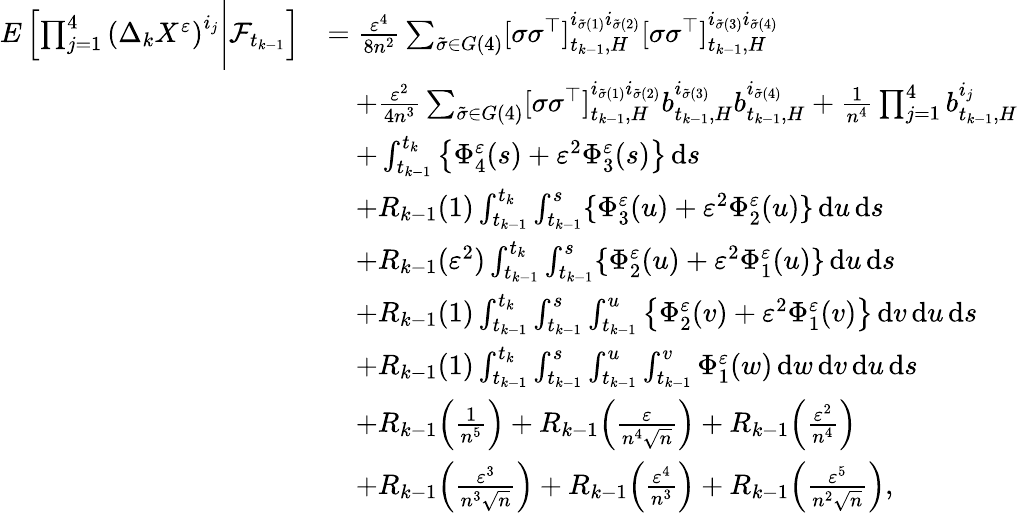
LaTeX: \begin{array}{rl}{E\left[\prod_{j=1}^{4}\left(\Delta_{k}X^{\varepsilon}\right)^{i_{j}}\Bigg|\mathcal{F}_{t_{k-1}}\right]}&{=\frac{\varepsilon^{4}}{8n^{2}}\sum_{\tilde{\sigma}\in G(4)}[\sigma\sigma^{\top}]_{t_{k-1},H}^{i_{\tilde{\sigma}(1)}i_{\tilde{\sigma}(2)}}[\sigma\sigma^{\top}]_{t_{k-1},H}^{i_{\tilde{\sigma}(3)}i_{\tilde{\sigma}(4)}}}\\ &{\quad+\frac{\varepsilon^{2}}{4n^{3}}\sum_{\tilde{\sigma}\in G(4)}[\sigma\sigma^{\top}]_{t_{k-1},H}^{i_{\tilde{\sigma}(1)}i_{\tilde{\sigma}(2)}}b_{t_{k-1},H}^{i_{\tilde{\sigma}(3)}}b_{t_{k-1},H}^{i_{\tilde{\sigma}(4)}}+\frac{1}{n^{4}}\prod_{j=1}^{4}b_{t_{k-1},H}^{i_{j}}}\\ &{\quad+\int_{t_{k-1}}^{t_{k}}\left\{ \Phi_{4}^{\varepsilon}(s)+\varepsilon^{2}\Phi_{3}^{\varepsilon}(s)\right\} \, \mathrm{d}s}\\ &{\quad+R_{k-1}(1)\int_{t_{k-1}}^{t_{k}}\int_{t_{k-1}}^{s}\{ \Phi_{3}^{\varepsilon}(u)+\varepsilon^{2}\Phi_{2}^{\varepsilon}(u)\} \, \mathrm{d}u\, \mathrm{d}s}\\ &{\quad+R_{k-1}(\varepsilon^{2})\int_{t_{k-1}}^{t_{k}}\int_{t_{k-1}}^{s}\{ \Phi_{2}^{\varepsilon}(u)+\varepsilon^{2}\Phi_{1}^{\varepsilon}(u)\} \, \mathrm{d}u\, \mathrm{d}s}\\ &{\quad+R_{k-1}(1)\int_{t_{k-1}}^{t_{k}}\int_{t_{k-1}}^{s}\int_{t_{k-1}}^{u}\left\{ \Phi_{2}^{\varepsilon}(v)+\varepsilon^{2}\Phi_{1}^{\varepsilon}(v)\right\} \, \mathrm{d}v\, \mathrm{d}u\, \mathrm{d}s}\\ &{\quad+R_{k-1}(1)\int_{t_{k-1}}^{t_{k}}\int_{t_{k-1}}^{s}\int_{t_{k-1}}^{u}\int_{t_{k-1}}^{v}\Phi_{1}^{\varepsilon}(w)\, \mathrm{d}w\, \mathrm{d}v\, \mathrm{d}u\, \mathrm{d}s}\\ &{\quad+R_{k-1}\Big(\frac{1}{n^{5}}\Big)+R_{k-1}\Big(\frac{\varepsilon}{n^{4}\sqrt{n}}\Big)+R_{k-1}\Big(\frac{\varepsilon^{2}}{n^{4}}\Big)}\\ &{\quad+R_{k-1}\Big(\frac{\varepsilon^{3}}{n^{3}\sqrt{n}}\Big)+R_{k-1}\Big(\frac{\varepsilon^{4}}{n^{3}}\Big)+R_{k-1}\Big(\frac{\varepsilon^{5}}{n^{2}\sqrt{n}}\Big),}\end{array}